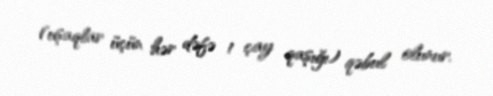
(uşaqlar üçün hər dəfə 1 çay qaşığı) qəbul olunur.